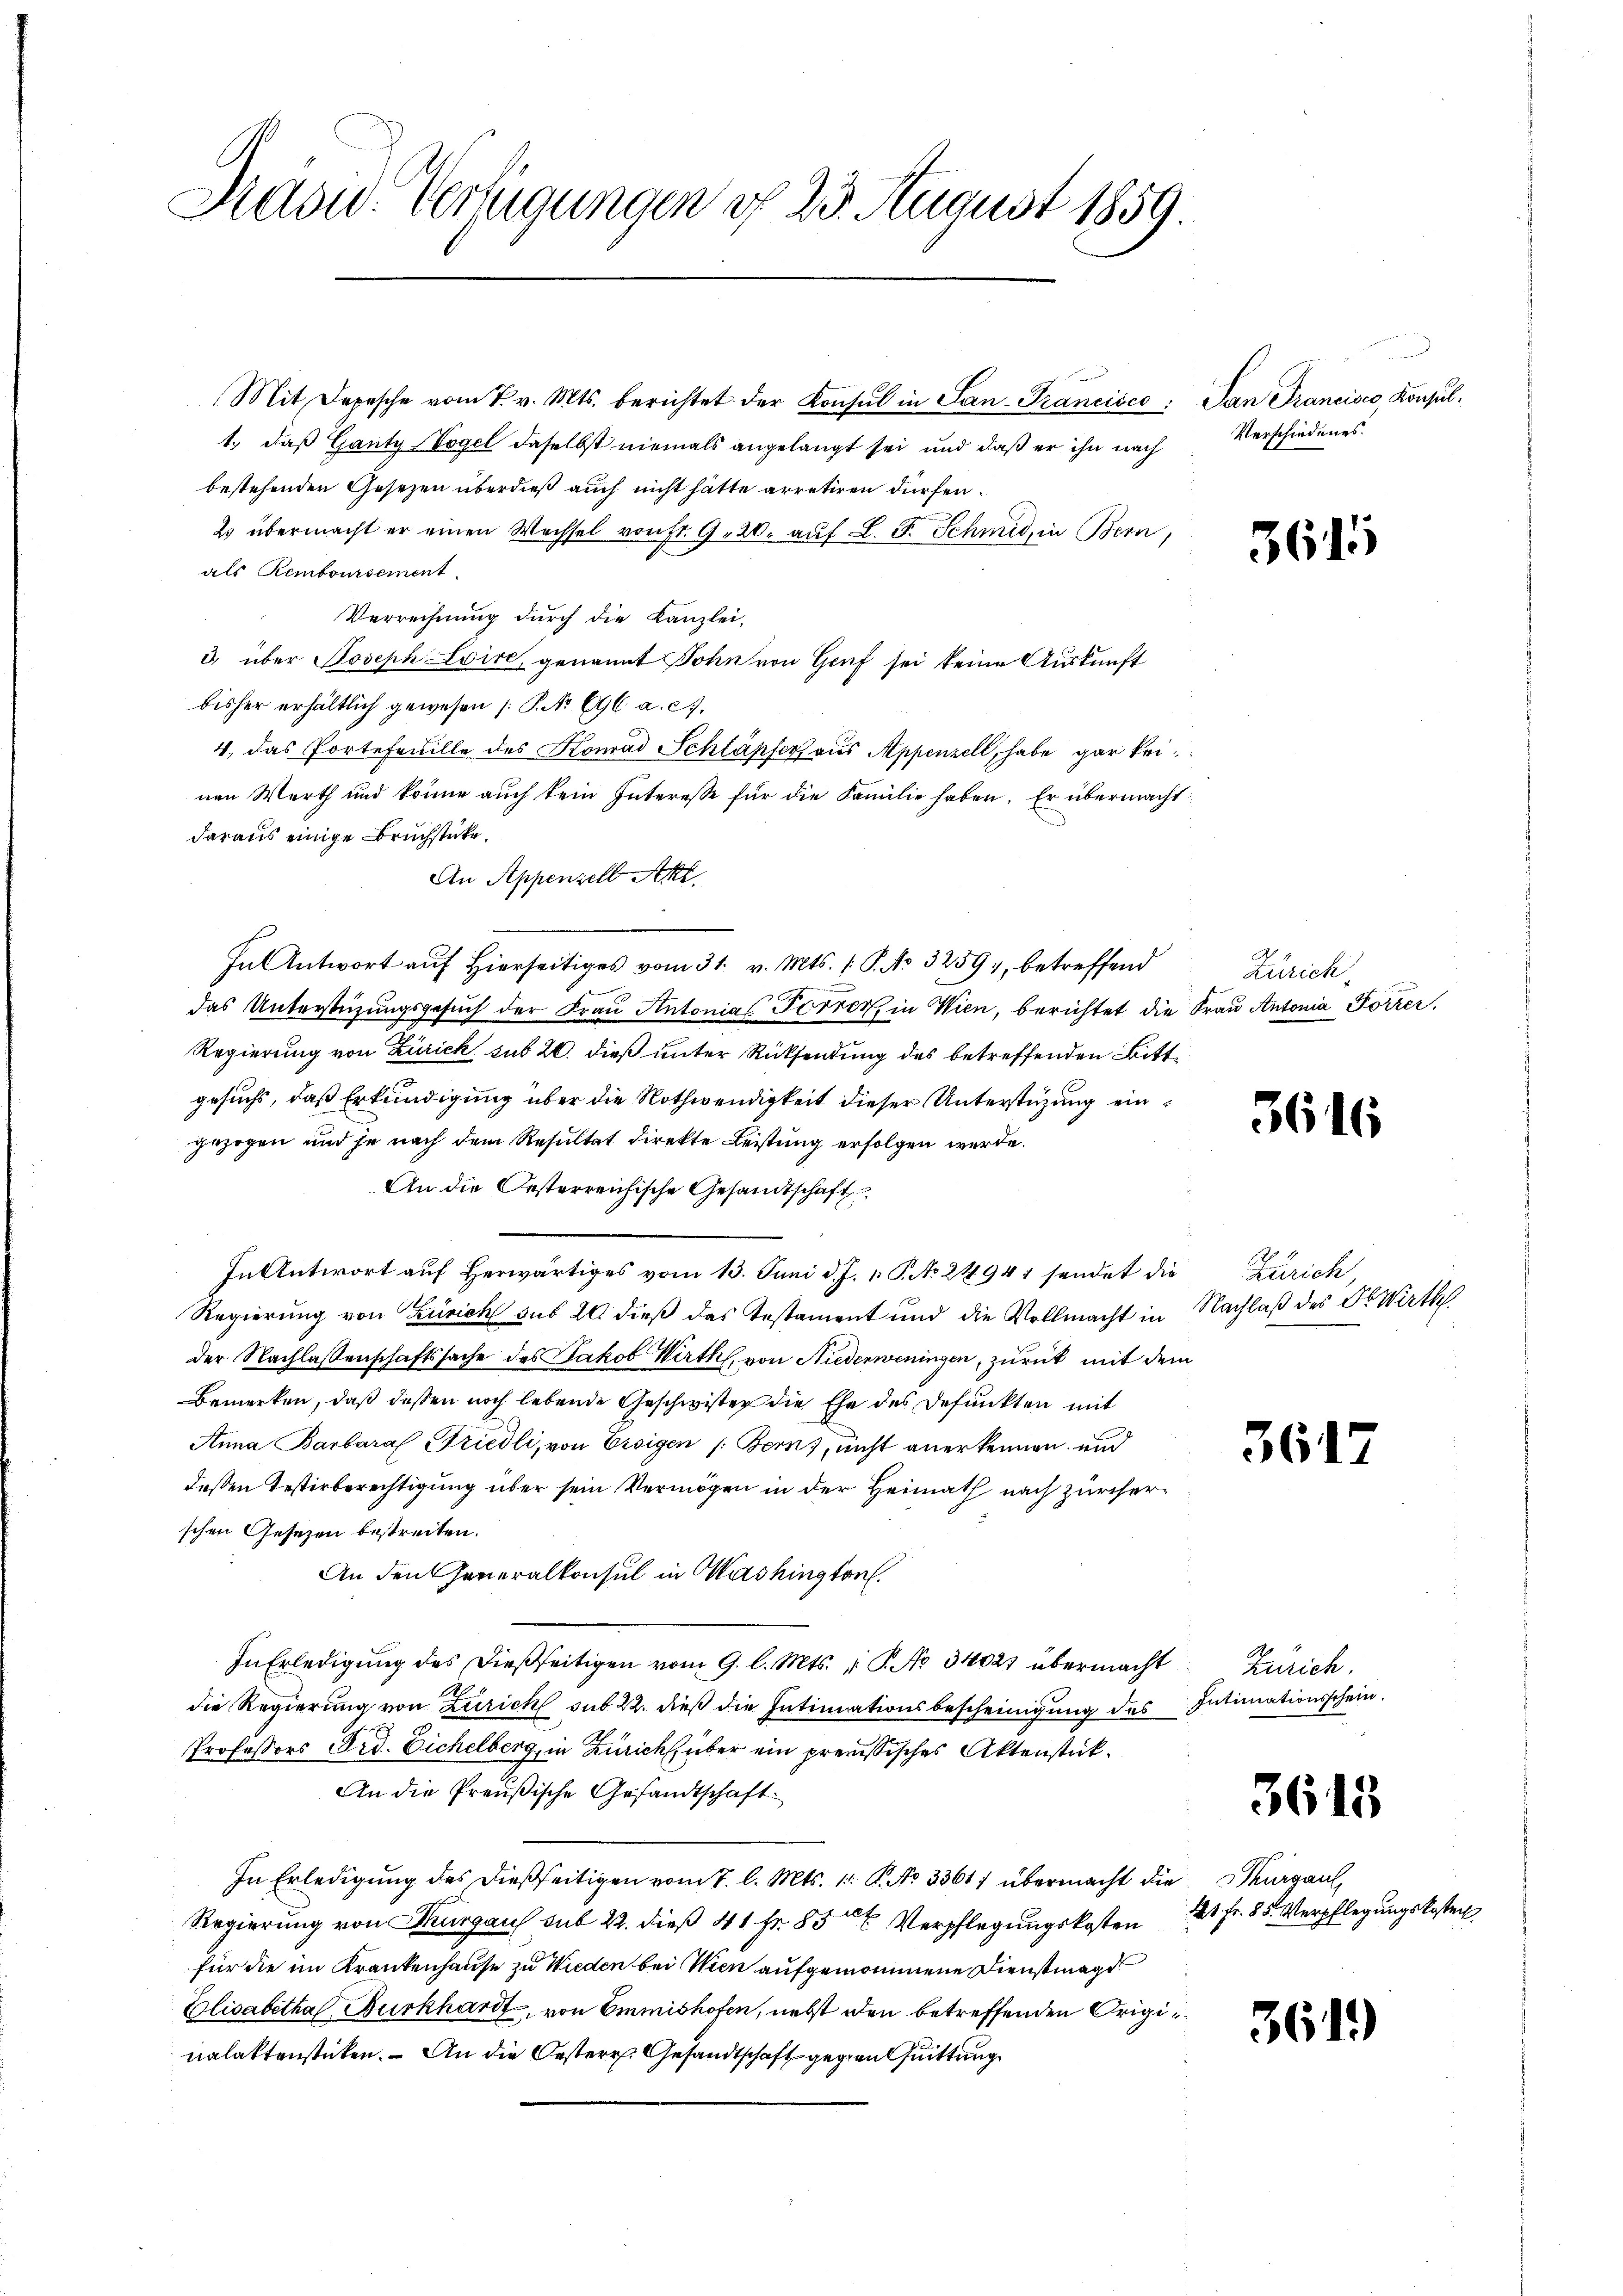
Siddw. Verfügungen d. 23. August 1859.

Mit Depesche vom 7. v. Mts. berichtet der Konsul in San-Trancisco, San Francisco, Konsul¬
1.) daß Ganty-Vogel daselbst niemals angelangt sei und daß er ihn nach
bestehenden Gesetzen überdieß auch nicht hätte arretiren dürfen.
2 übermacht er einen Wechsel von Fr. 9. 20. auf L. F. Schmid, in Bern,
als Remboursement
Verrechnung durch die Kanzlei,
3) über Joseph Loire, genannt John von Genf sei keine Auskunft
bisher erhältlich gewesen (: P. No 696 a. c.
4, das Portefeuille des Konrad Schläpfer aus Appenzell, habe gar keinen Werth und könne auch kein Interesse für die Familie haben. Er übermacht
daraus einige Bruchstücke.
An Appenzell Akl
In Antwort auf hierseitiges vom 31. v. Mts. f. P. No 3259; betreffend
das Unterstüzungsgesŭch der Frau Antonias Forrer, in Wien, berichtet die Frau Antonia Forrer,
Regierung von Zürich sub 20. dieß unter Rücksendung des betreffenden Bittgesuchs, daß Erkundigung über die Nothwendigkeit dieser Unterstüzung eingezogen und je nach dem Resultat direkte Leistung erfolgen werde.
An die Oesterreichische Gesandtschaft
In Antwort aŭf herwärtiges vom 13. Juni d. J. v. P. No. 24941 sendet die Zürich,
Regierung von Zürich sub 20 dieß das Testament und die Vollmacht in Nachlaß des Dr. Wirth
der Nachlassenschaftssache des Jakob Wirth, von Niederweningen, zurück mit dem
Bemerken, daß dessen noch lebende Geschwister die Ehe des defunkten mit
Anna Barbaraf Friedli, von Ersigen /: Bern, nicht anerkennen, und
deßen Testirberechtigung über sein Vermögen in der Heimath nach Zürcherschen Gesezen bestreiten.
An den Generalkonsul in Mashington.
In Erledigung des dießseitigen vom 9. l. Mts. v. P. No 34021 übermacht
die Regierung von Zürich sub 22. dieß die Intimationsbescheinigung des Intimationsschein.
Professors Ord. Eichelberg, in Zürich über ein preußisches Aktenstück.
An die Preußische Gesandtschaft
In Erledigung des dießseitigen vom 7. l. Mts. 1. No 3361) übermacht die Thurgau,
Regierung von Thurgau sub 22. dieß 41 fr. 85 Verpflegungskosten
für die im Krankenhause zu Wieden bei Wien aufgenommene Dienstmage
Elisabetha Burkhardt, von Emmishofen, nebst den betreffenden Originalaktenstücken. – An die Oesterr. Gesandtschaft gegen Quittung

Verschiedenes.

3615

Zürich

366

3617

Zürich.

3615

121. Fr. 85. Verpflegungskosten

3619